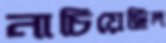
নাচিয়েছিল